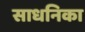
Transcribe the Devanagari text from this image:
साधनिका